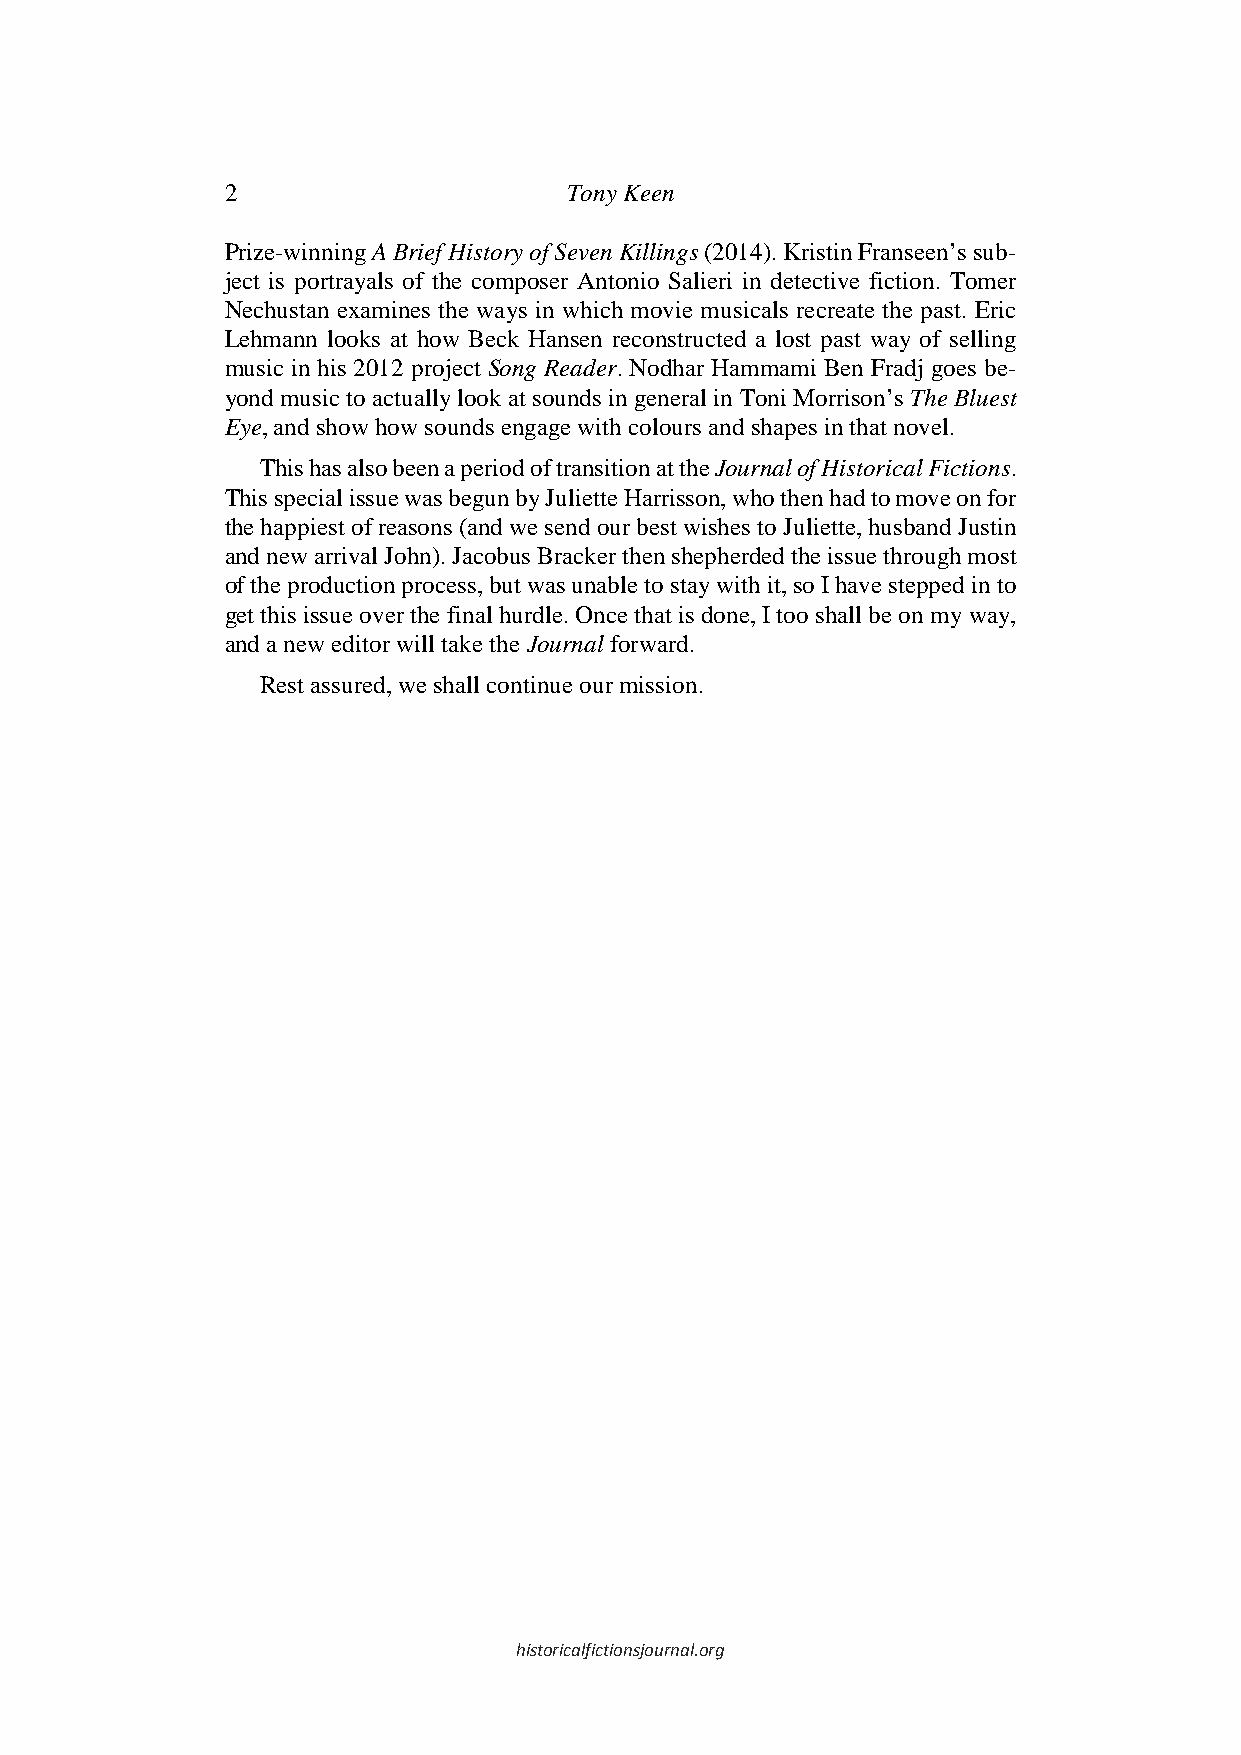
2                     Tony Keen
 Prize-winning A Brief History of Seven Killings (2014). Kristin Franseen’s sub-
 ject is portrayals of the composer Antonio Salieri in detective fiction. Tomer
 Nechustan examines the ways in which movie musicals recreate the past. Eric
 Lehmann looks at how Beck Hansen reconstructed a lost past way of selling
 music in his 2012 project Song Reader. Nodhar Hammami Ben Fradj goes be-
 yond music to actually look at sounds in general in Toni Morrison’s The Bluest
 Eye, and show how sounds engage with colours and shapes in that novel.
 This has also been a period of transition at the Journal of Historical Fictions.
 This special issue was begun by Juliette Harrisson, who then had to move on for
 the happiest of reasons (and we send our best wishes to Juliette, husband Justin
 and new arrival John). Jacobus Bracker then shepherded the issue through most
 of the production process, but was unable to stay with it, so I have stepped in to
 get this issue over the final hurdle. Once that is done, I too shall be on my way,
 and a new editor will take the Journal forward.
 Rest assured, we shall continue our mission.
 historicalfictionsjournal.org